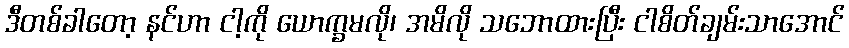
ဒီတစ်ခါတော့ နင်ဟာ ငါ့ကို ယောက္ခမလို၊ အမိလို သဘောထားပြီး ငါစိတ်ချမ်းသာအောင်